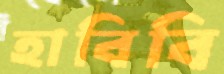
হাবিবি